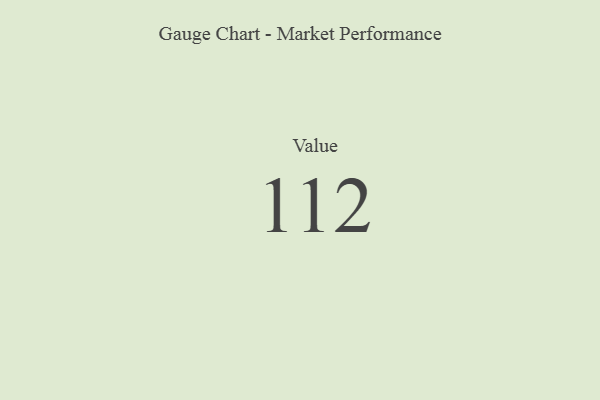
{"axis": {"x": "Metric", "y": "Value"}, "legend": [""], "data": [{"x": "Value", "y": 112, "type": ""}]}